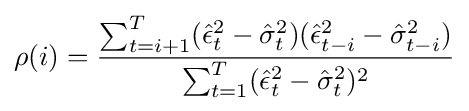
\rho (i)={{\sum _{t=i+1}^{T}({\hat {\epsilon }}_{t}^{2}-{\hat {\sigma }}_{t}^{2})({\hat {\epsilon }}_{t-i}^{2}-{\hat {\sigma }}_{t-i}^{2})} \over {\sum _{t=1}^{T}({\hat {\epsilon }}_{t}^{2}-{\hat {\sigma }}_{t}^{2})^{2}}}